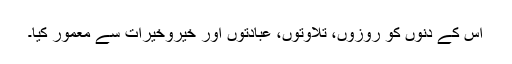
اس کے دنوں کو روزوں، تلاوتوں، عبادتوں اور خیروخیرات سے معمور کیا۔